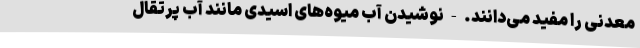
معدنی را مفید می‌دانند. - نوشیدن آب میوه‌های اسیدی مانند آب پرتقال